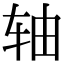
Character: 轴